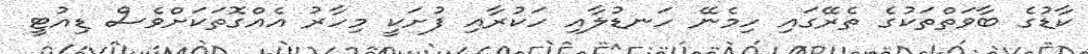
ކާޑުގެ ބާވަތްތަކުގެ ތެރޭގައި ހިމެނޭ ހަނޑުލާއި ހަކުރާއި ފުށަކީ މިހާރު އެއްގޮތަކަށްވެސް ޑިއުޓީ